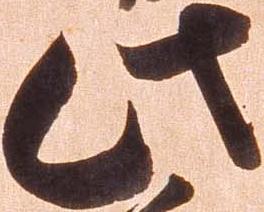
此